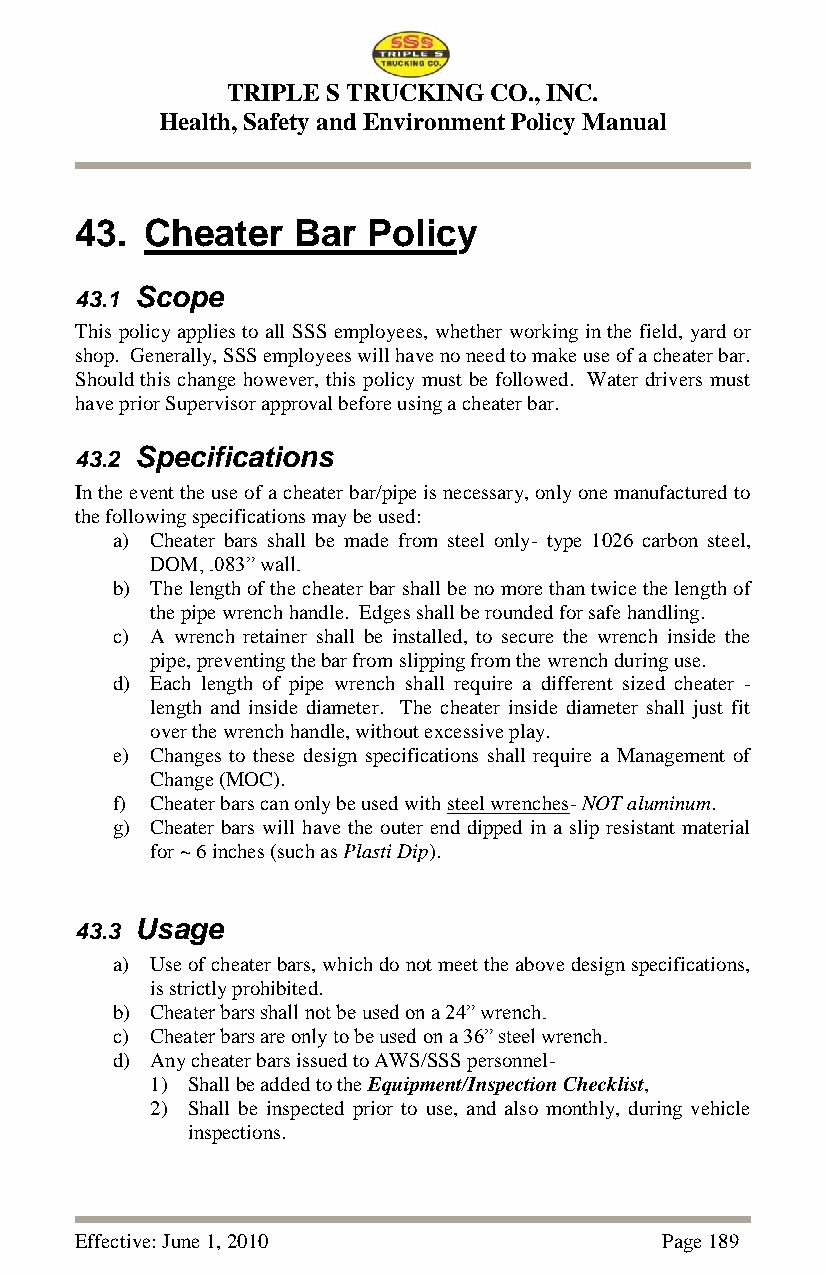
TRIPLE S TRUCKING CO., INC.
 Health, Safety and Environment Policy Manual
 43.  Cheater  Bar  Policy
 43.1 Scope
 This policy applies to all SSS employees, whether working in the field, yard or
 shop. Generally, SSS employees will have no need to make use of a cheater bar.
 Should this change however, this policy must be followed. Water drivers must
 have prior Supervisor approval before using a cheater bar.
 43.2 Specifications
 In the event the use of a cheater bar/pipe is necessary, only one manufactured to
 the following specifications may be used:
 a) Cheater bars shall be made from steel only- type 1026 carbon steel,
 DOM, .083‖ wall.
 b) The length of the cheater bar shall be no more than twice the length of
 the pipe wrench handle. Edges shall be rounded for safe handling.
 c) A wrench retainer shall be installed, to secure the wrench inside the
 pipe, preventing the bar from slipping from the wrench during use.
 d) Each length of pipe wrench shall require a different sized cheater -
 length and inside diameter. The cheater inside diameter shall just fit
 over the wrench handle, without excessive play.
 e) Changes to these design specifications shall require a Management of
 Change (MOC).
 f) Cheater bars can only be used with steel wrenches- NOT aluminum.
 g) Cheater bars will have the outer end dipped in a slip resistant material
 for ~ 6 inches (such as Plasti Dip).
 43.3 Usage
 a) Use of cheater bars, which do not meet the above design specifications,
 is strictly prohibited.
 b) Cheater bars shall not be used on a 24‖ wrench.
 c) Cheater bars are only to be used on a 36‖ steel wrench.
 d) Any cheater bars issued to AWS/SSS personnel-
 1) Shall be added to the Equipment/Inspection Checklist,
 2) Shall be inspected prior to use, and also monthly, during vehicle
 inspections.
 Effective: June 1, 2010                Page 189